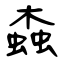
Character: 螙